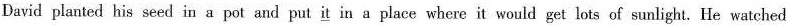
David planted his seed in a pot and put it in a place where it would get lots of sunlight. He watched